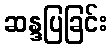
ဆန္ဒပြခြင်း